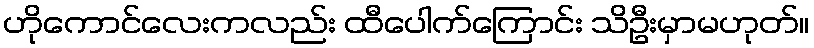
ဟိုကောင်လေးကလည်း ထီပေါက်ကြောင်း သိဦးမှာမဟုတ်။